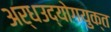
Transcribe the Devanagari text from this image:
अर्धउद्योगयुक्त